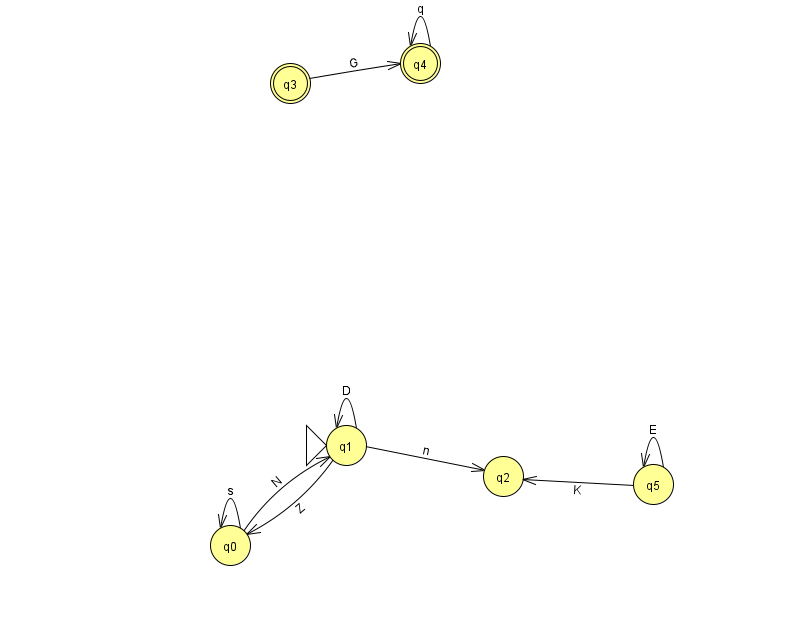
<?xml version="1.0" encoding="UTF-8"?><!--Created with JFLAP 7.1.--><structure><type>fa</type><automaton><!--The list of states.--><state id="0" name="q0"><x>230.0</x><y>532.0</y></state><state id="1" name="q1"><x>346.0</x><y>432.0</y><initial/></state><state id="2" name="q2"><x>503.0</x><y>463.0</y></state><state id="3" name="q3"><x>290.0</x><y>70.0</y><final/></state><state id="4" name="q4"><x>420.0</x><y>50.0</y><final/></state><state id="5" name="q5"><x>653.0</x><y>471.0</y></state><!--The list of transitions.--><transition><from>1</from><to>0</to><read>Z</read></transition><transition><from>4</from><to>4</to><read>q</read></transition><transition><from>0</from><to>0</to><read>s</read></transition><transition><from>3</from><to>4</to><read>G</read></transition><transition><from>0</from><to>1</to><read>N</read></transition><transition><from>1</from><to>1</to><read>D</read></transition><transition><from>5</from><to>5</to><read>E</read></transition><transition><from>5</from><to>2</to><read>K</read></transition><transition><from>1</from><to>2</to><read>n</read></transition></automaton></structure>